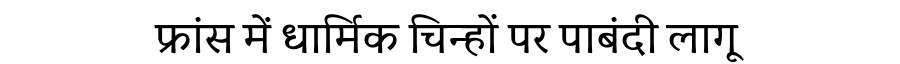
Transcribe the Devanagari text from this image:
फ्रांस में धार्मिक चिन्हों पर पाबंदी लागू